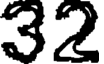
32